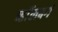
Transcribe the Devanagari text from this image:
व्हाॅलबर्ग